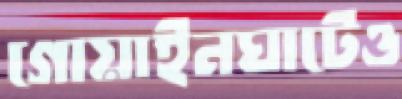
গোয়াইনঘাটেও